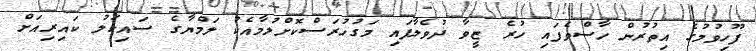
ފޫހިވުމުގެ އިތުރުން ހާސްވެފައި ހުރެ ޒީވާ ދުވެލާފައި މަގުހުރަސްކޮށްލުމާއެކު ލަމްޔާގެ ސައިކަލު ކައިރިއަށް